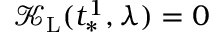
\mathcal { K } _ { \mathrm { L } } ( t _ { * } ^ { 1 } , \lambda ) = 0